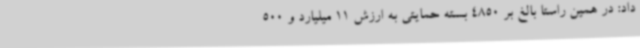
داد: در همین راستا بالغ بر 4850 بسته حمایتی به ارزش 11 میلیارد و 500